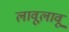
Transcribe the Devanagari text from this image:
लावूलावू